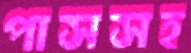
পাসসহ